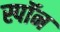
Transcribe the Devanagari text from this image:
स्पॉन